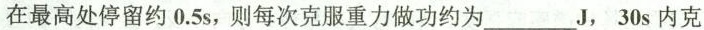
在最高处停留约0.5s，则每次克服重力做功约为_____J，30s内克